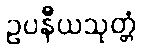
ဥပနီယသုတ္တံ